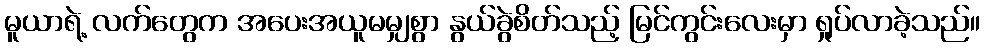
မူယာရဲ့ လက်တွေက အပေးအယူမမျှစွာ နွယ်ခွဲစိတ်သည့် မြင်ကွင်းလေးမှာ ရှုပ်လာခဲ့သည်။